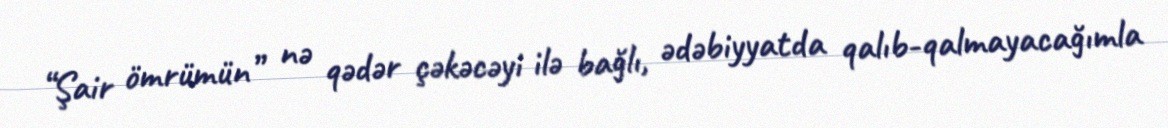
“Şair ömrümün” nə qədər çəkəcəyi ilə bağlı, ədəbiyyatda qalıb-qalmayacağımla